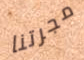
مجرتنا